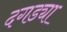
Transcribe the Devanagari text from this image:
दगड्या